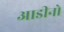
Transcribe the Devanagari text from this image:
आडीनो